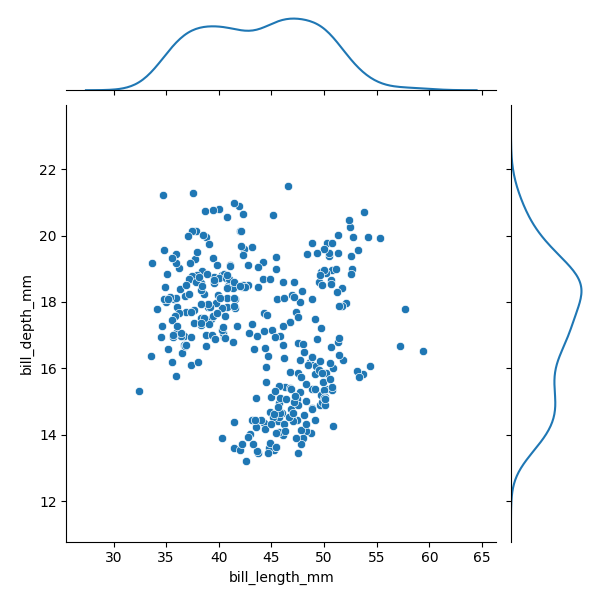
python, seaborn, JointGrid, scatterplot, kdeplot